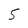
Character: 5